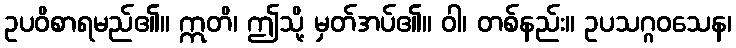
ဥပဝိစာရမည်၏။ ဣတိ၊ ဤသို့ မှတ်အပ်၏။ ဝါ၊ တစ်နည်း။ ဥပသဂ္ဂဝသေန၊